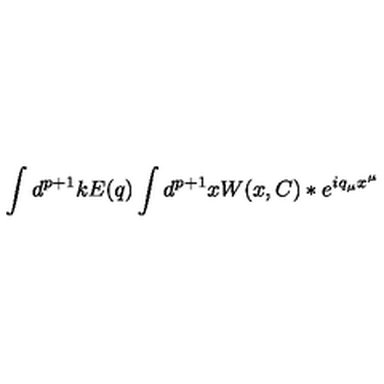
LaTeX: \int d ^ { p + 1 } k E ( q ) \int d ^ { p + 1 } x W ( x , C ) \ast e ^ { i q _ { \mu } x ^ { \mu } }